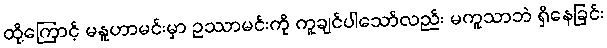
ထို့ကြောင့် မနူဟာမင်းမှာ ဥဿာမင်းကို ကူချင်ပါသော်လည်း မကူသာဘဲ ရှိနေခြင်း